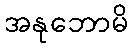
အနုဘောမိ